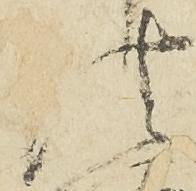
法